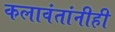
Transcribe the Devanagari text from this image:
कलावंतांनीही